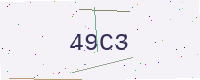
Text: 49C3